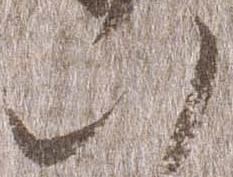
八